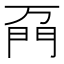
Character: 𲈦